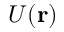
U ( { \bf { r } } )